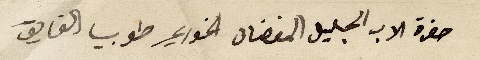
حضرة الاب الجليل المفضال الخوري طوبيا الفايق